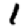
Digit: 1